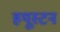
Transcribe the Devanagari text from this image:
हयूस्टन